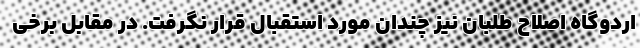
اردوگاه اصلاح طلبان نیز چندان مورد استقبال قرار نگرفت. در مقابل برخی